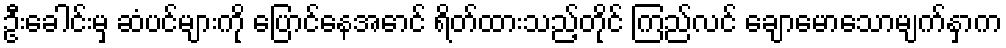
ဦးခေါင်းမှ ဆံပင်များကို ပြောင်နေအောင် ရိတ်ထားသည့်တိုင် ကြည်လင် ချောမောသောမျက်နှာက